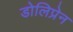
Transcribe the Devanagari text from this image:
डोलिप्रेन